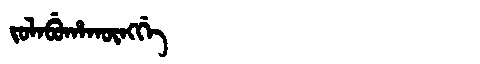
Manchu: ᠵᠣᠯᠠᠪᡠᡥᠠᡴᡡᠩᡤᡝ
Romanization: JOLABUHAKŪNGGE